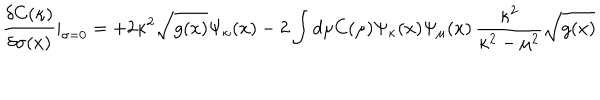
\frac { \delta C ( \kappa ) } { \delta \sigma ( x ) } | _ { \sigma = 0 } = + 2 \kappa ^ { 2 } \sqrt { g ( x ) } \Psi _ { \kappa } ( x ) - 2 \int d \mu C ( \mu ) \Psi _ { \kappa } ( x ) \Psi _ { \mu } ( x ) \, \frac { \kappa ^ { 2 } } { \kappa ^ { 2 } - \mu ^ { 2 } } \sqrt { g ( x ) }